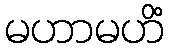
မဟာမဟိံ